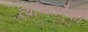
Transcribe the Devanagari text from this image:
त्यांच्यापैकीं